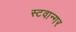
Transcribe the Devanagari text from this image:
स्टवान्गर